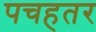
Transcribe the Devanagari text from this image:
पचहतर